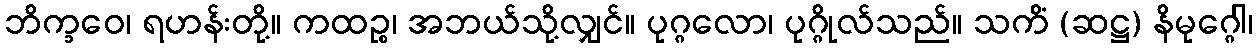
ဘိက္ခဝေ၊ ရဟန်းတို့။ ကထဉ္စ၊ အဘယ်သို့လျှင်။ ပုဂ္ဂလော၊ ပုဂ္ဂိုလ်သည်။ သကိံ (ဆဋ္ဌ) နိမုဂ္ဂေါ၊